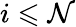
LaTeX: i\leqslant\mathcal{N}